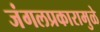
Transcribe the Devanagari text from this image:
जंगलप्रकारामुळे